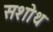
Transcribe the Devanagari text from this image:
सशोथ